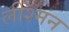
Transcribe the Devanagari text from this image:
लींश्मन